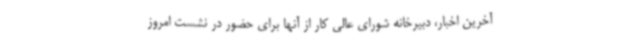
آخرین اخبار، دبیرخانه شورای عالی کار از آنها برای حضور در نشست امروز